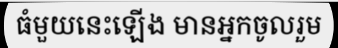
ធំមួយនេះឡើង មានអ្នកចូលរួម